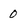
Character: 0